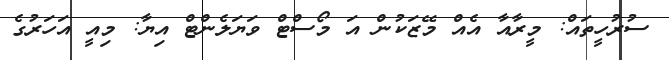
ސުރުހީތައް: މީރާއާ އެއް މޭޒަކުން އަ މޯސްޓް ވަޔަލެންޓް އިޔާ: މިއީ އަހަރުގެ